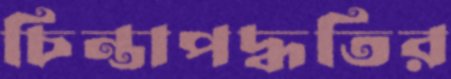
চিন্তাপদ্ধতির